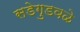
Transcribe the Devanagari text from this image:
सडेगुडवळे